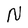
Character: N